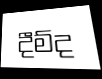
දීම්ද